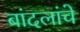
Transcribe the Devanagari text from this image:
बांदलांचे